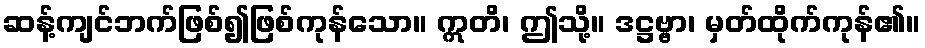
ဆန့်ကျင်ဘက်ဖြစ်၍ဖြစ်ကုန်သော။ ဣတိ၊ ဤသို့။ ဒဋ္ဌဗ္ဗာ၊ မှတ်ထိုက်ကုန်၏။